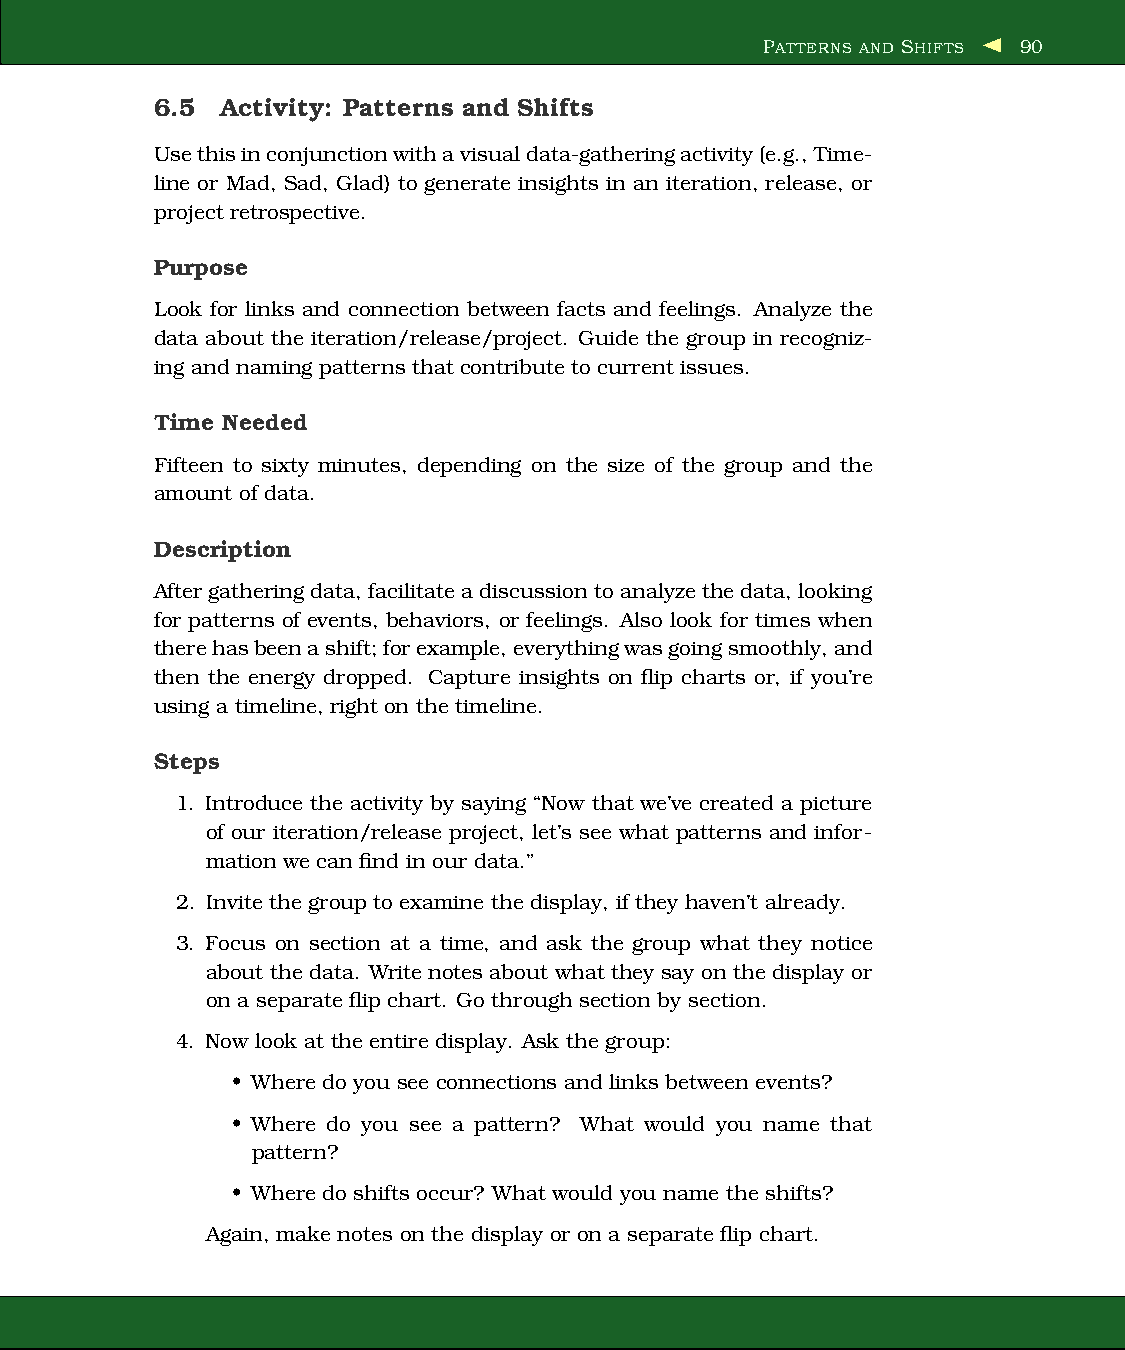
PATTERNS AND SHIFTS 90
 6.5  Activity: Patterns and Shifts
 Usethisinconjunctionwithavisualdata-gatheringactivity(e.g.,Time-
 line or Mad, Sad, Glad) to generate insights in an iteration, release, or
 project retrospective.
 Purpose
 Look for links and connection between facts and feelings. Analyze the
 data about the iteration/release/project. Guide the group in recogniz-
 ing and naming patternsthat contribute to current issues.
 Time Needed
 Fifteen to sixty minutes, depending on the size of the group and the
 amount of data.
 Description
 Aftergatheringdata, facilitateadiscussion toanalyzethedata, looking
 for patterns of events, behaviors, or feelings. Also look for times when
 therehasbeenashift;forexample,everythingwasgoingsmoothly,and
 then the energy dropped. Capture insights on flip charts or, if you’re
 using a timeline, right on the timeline.
 Steps
 1. Introduce the activity by saying “Now that we’ve created a picture
 of our iteration/release project, let’s see what patterns and infor-
 mation we can find in our data.”
 2. Invite the group to examine the display, if they haven’t already.
 3. Focus on section at a time, and ask the group what they notice
 about the data. Writenotes about what they say on thedisplay or
 on a separate flip chart. Go through section by section.
 4. Now look at the entiredisplay. Ask the group:
 • Wheredo you see connections and links between events?
 • Where do you see a pattern? What would you name that
 pattern?
 • Wheredo shifts occur? What would you name the shifts?
 Again, make notes on the display or on a separate flip chart.